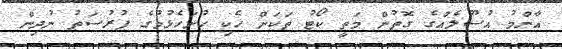
އާންމު އުސޫލެއްގެ ގޮތުން މަތީ ކޯޓު ތަކަށް ހެކި ހުށަހެޅުމުގެ ފުރުސަތު ނުދިން